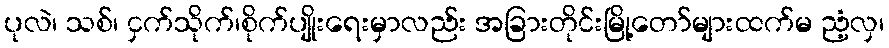
ပုလဲ၊ သစ်၊ ငှက်သိုက်၊စိုက်ပျိုးရေးမှာလည်း အခြားတိုင်းမြို့တော်များထက်မ ညံ့လှ၊